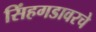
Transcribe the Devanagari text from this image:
सिंहगडावरचे